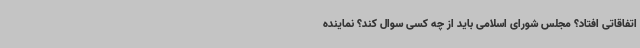
اتفاقاتی افتاد؟ مجلس شورای اسلامی باید از چه کسی سوال کند؟ نماینده